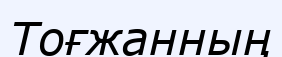
Тоғжанның